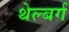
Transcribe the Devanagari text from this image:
थेल्बर्ग